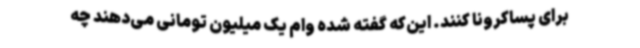
برای پساکرونا کنند. این‌که گفته شده وام یک میلیون تومانی می‌دهند چه